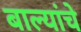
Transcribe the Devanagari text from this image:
बाल्यांचे